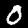
Label: 0